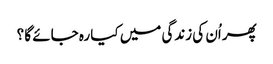
پھر اُن کی زندگی میں کیا رہ جائے گا ؟